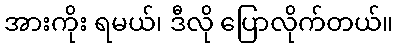
အားကိုး ရမယ်၊ ဒီလို ပြောလိုက်တယ်။